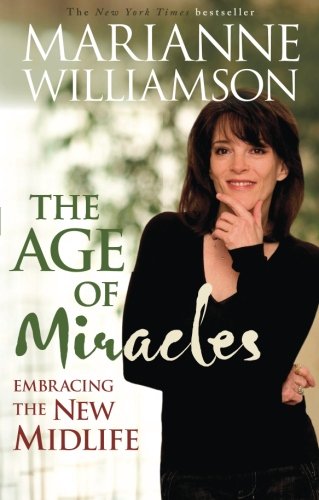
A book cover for Age of Miracles: Embracing the New Midlife; Marianne Williamson; Self-Help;